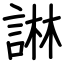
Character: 諃